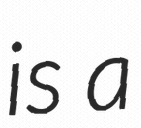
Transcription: is a